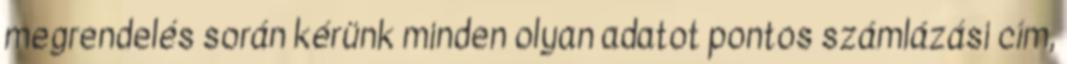
megrendelés során kérünk minden olyan adatot pontos számlázási cím,